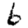
Digit: 6